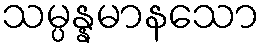
သမ္ပန္နမာနသော